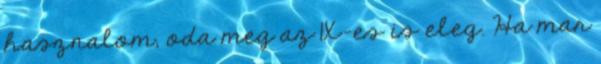
hasznalom, oda meg az 1X-es is eleg. Ha mar